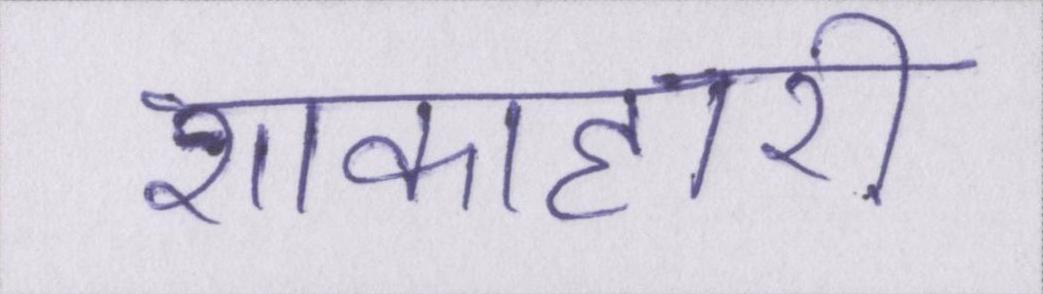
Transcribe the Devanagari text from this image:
शाकाहारी